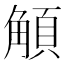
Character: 𩓅